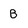
Character: B